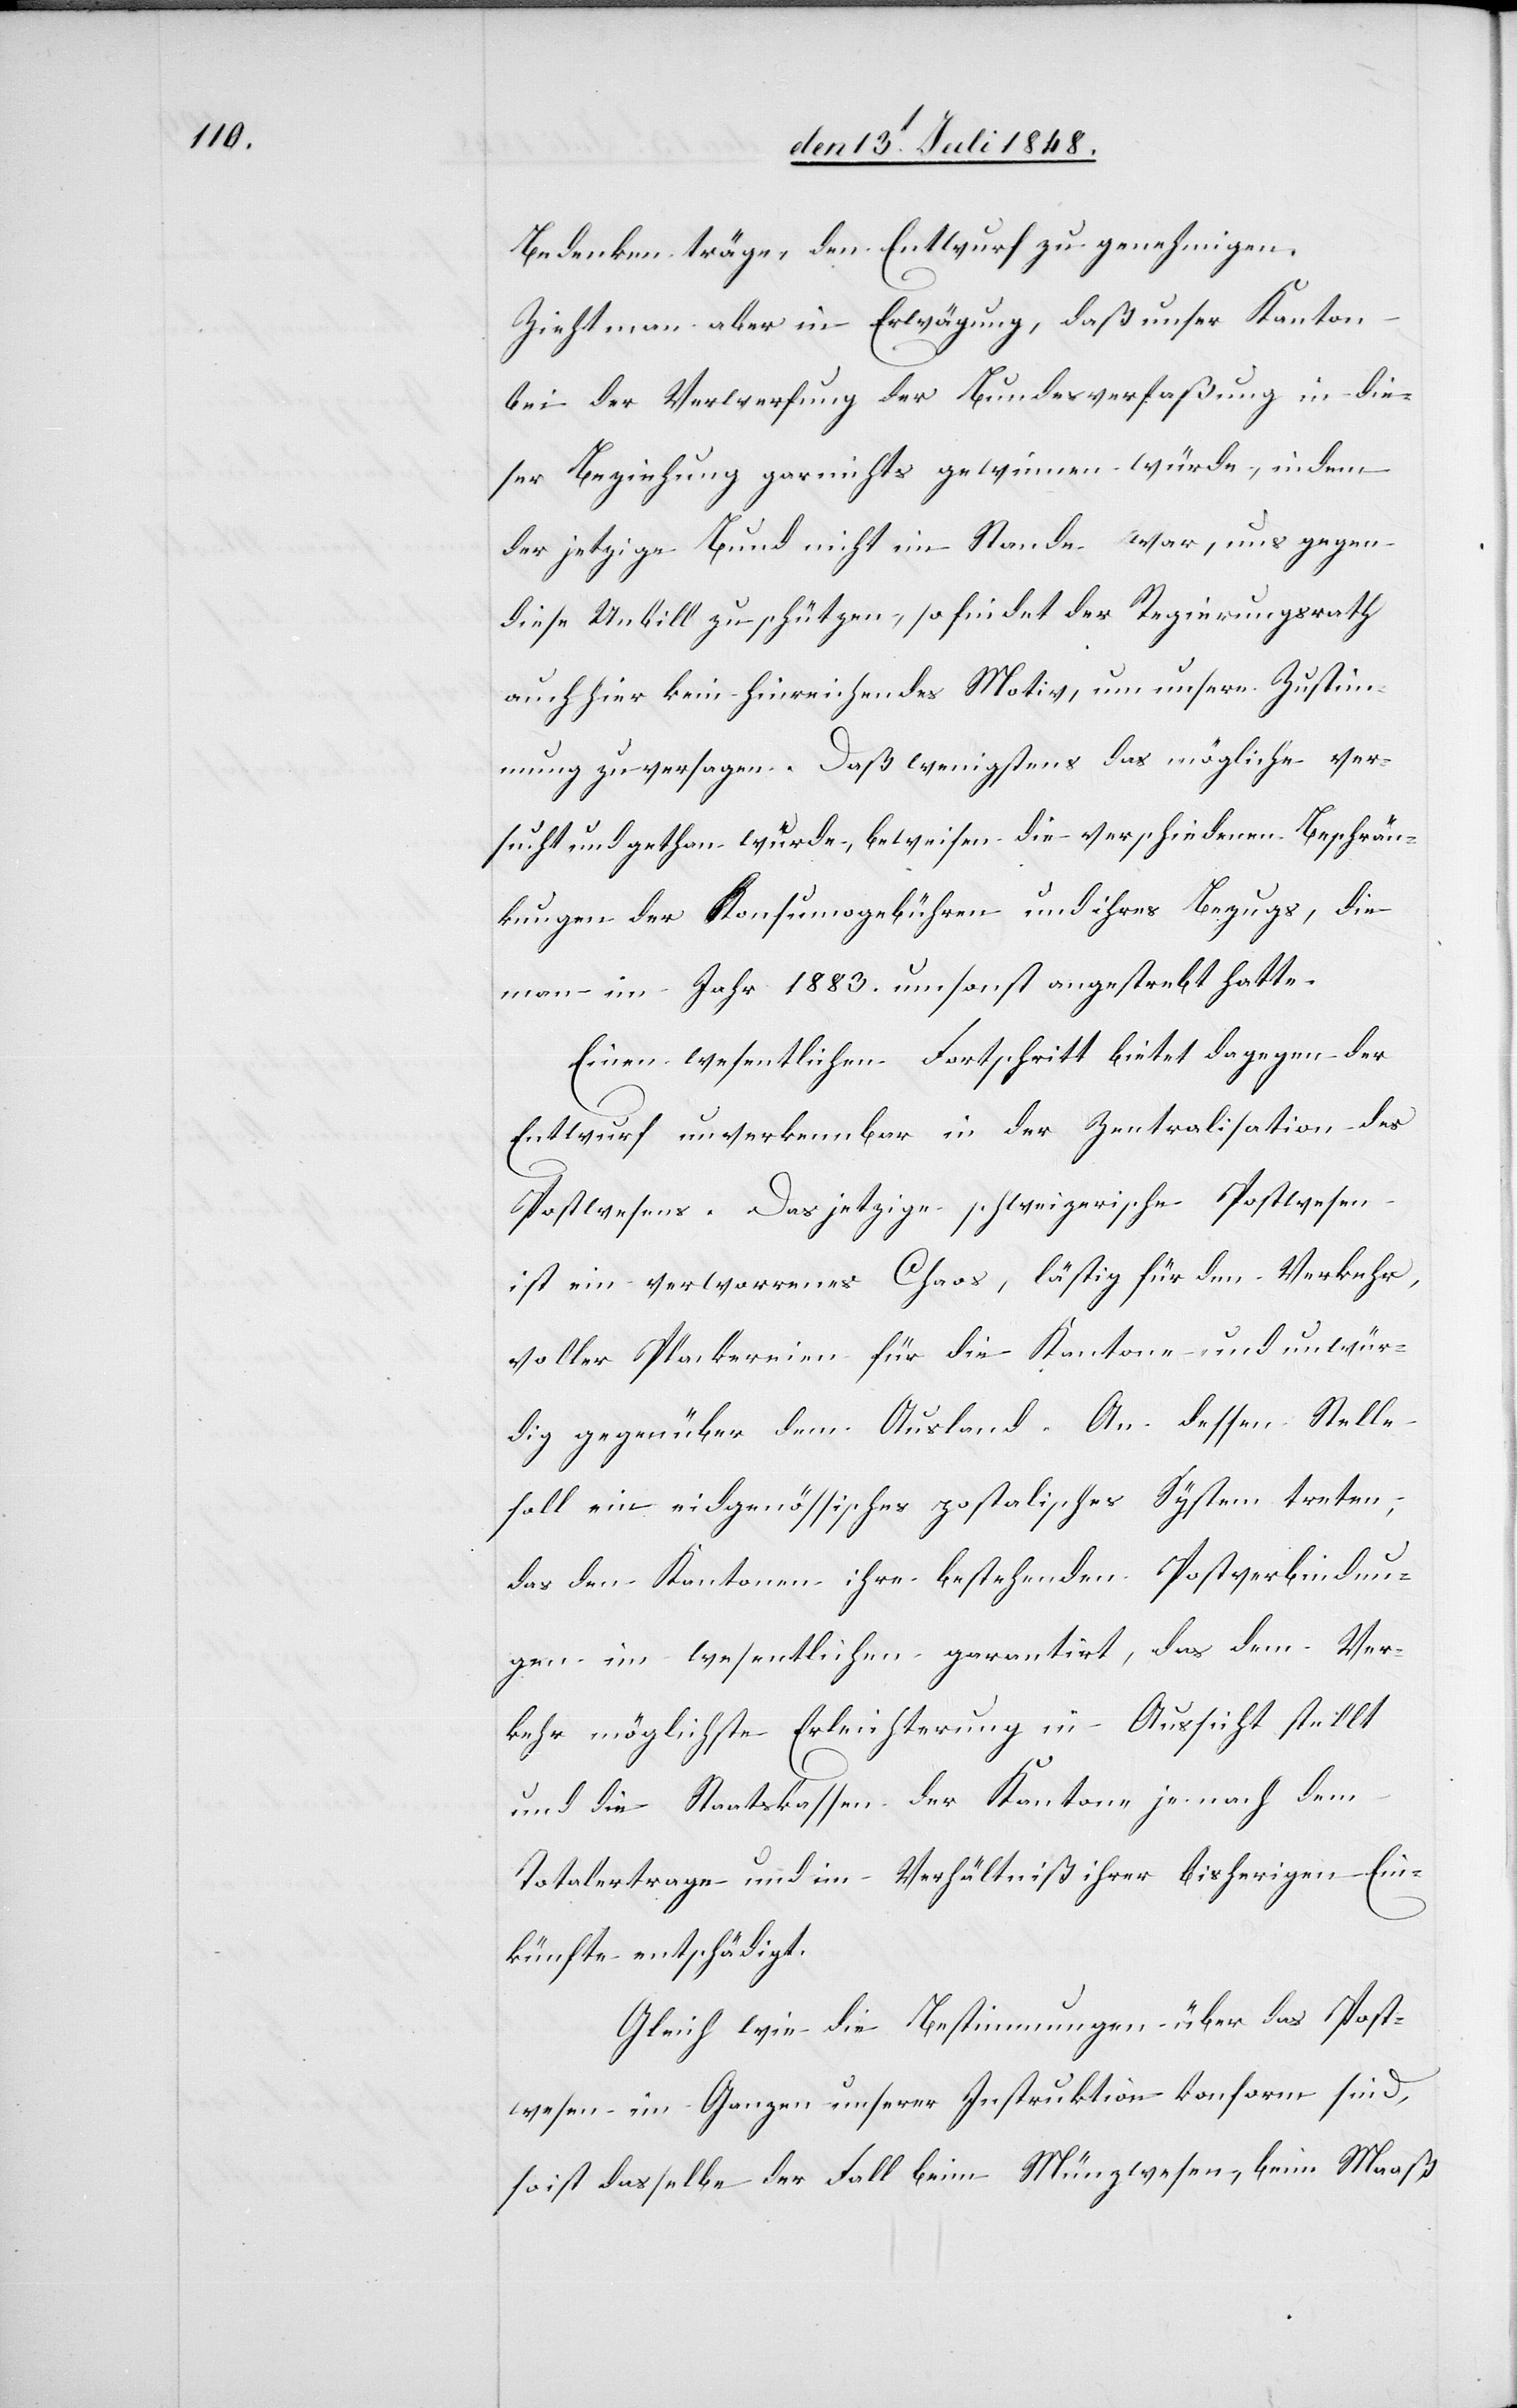
Bedenken träge, den Entwurf zu genehmigen.
Zieht man aber in Erwägung, daß unser Kanton
bei der Verwerfung der Bundesverfaßung in die¬
ser Beziehung gar nichts gewinnen würde, indem
der jetzige Bund nicht im Stande war, uns gegen
diese Unbill zu schützen, so findet der Regierungsrath
auch hier kein hinreichendes Motiv, um unsere Zustim¬
mung zu versagen. Daß wenigstens das mögliche ver¬
sucht und gethan wurde, beweisen die verschiedenen Beschrän¬
kungen der Konsumogebühren und ihres Bezugs, die
man im Jahr 1883. [sic!] umsonst angestrebt hatte.
Einen wesentlichen Fortschritt bietet dagegen der
Entwurf unverkennbar in der Zentralisation des
Postwesens. Das jetzige schweizerische Postwesen
ist ein verworrenes Chaos, lästig für den Verkehr,
voller Plackereien für die Kantone und unwür¬
dig gegenüber dem Ausland. An dessen Stelle
soll ein eidgenössisches postalisches System treten,
das den Kantonen ihre bestehenden Postverbindun¬
gen im wesentlichen garantirt, das dem Ver¬
kehr möglichste Erleichterung in Aussicht stellt
und die Staatskassen der Kantone je nach dem
Totalertrage und im Verhältniß ihrer bisherigen Ein¬
künfte entschädigt.
Gleich wie die Bestimmungen über das Post¬
wesen im Ganzen unserer Instruktion konform sind,
so ist dasselbe der Fall beim Münzwesen, beim Maaß